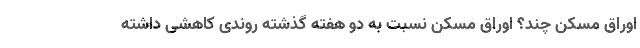
اوراق مسکن چند؟ اوراق مسکن نسبت به دو هفته گذشته روندی کاهشی داشته